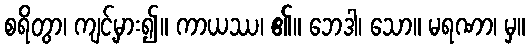
စရိတွာ၊ ကျင့်မှား၍။ ကာယဿ၊ ၏။ ဘေဒါ၊ သော။ မရဏာ၊ မှ။